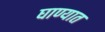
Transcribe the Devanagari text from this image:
घाण्यात